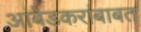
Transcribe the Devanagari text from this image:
आंबेडकरांबाबत